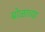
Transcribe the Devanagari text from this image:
बोळाच्या